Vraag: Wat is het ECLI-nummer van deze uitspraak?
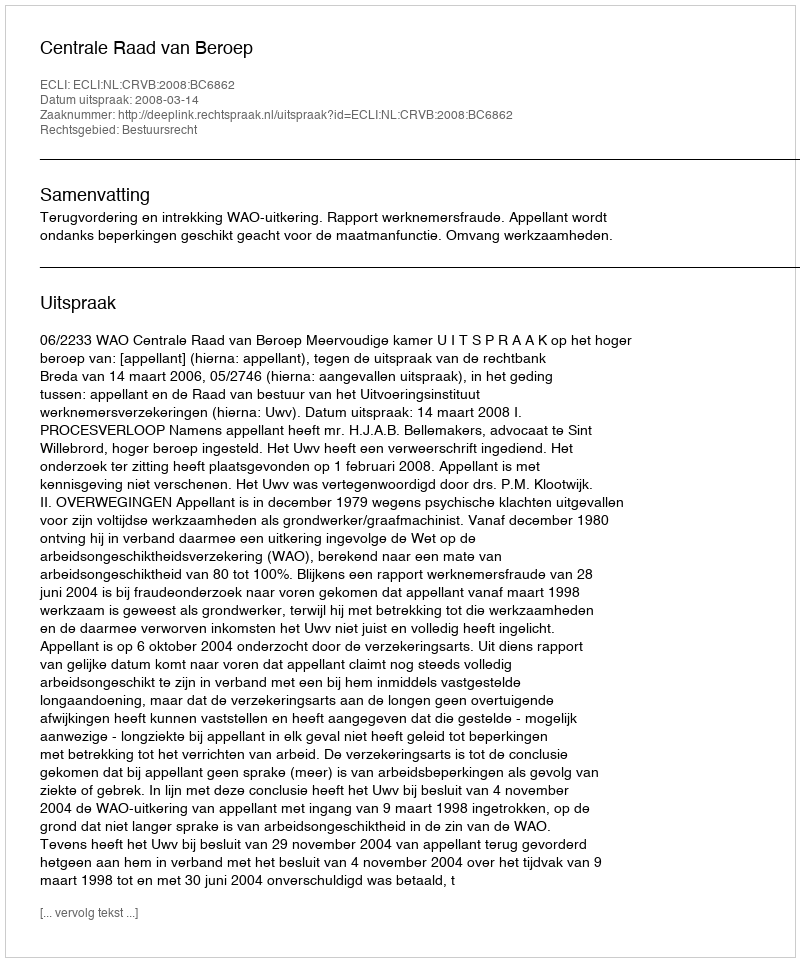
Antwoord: ECLI:NL:CRVB:2008:BC6862